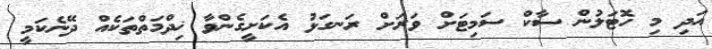
އަދި މި ހޮޓަލުން ސާކް ސަމިޓަށް ވަރަށް ރަނގަޅު އެކަށީގެންވާ ޚިދްމަތްތަކެއް ދޭނެކަމީ